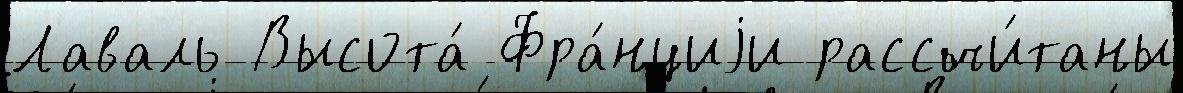
Лаваль Высота́ Фра́нциjи рассчи́таны